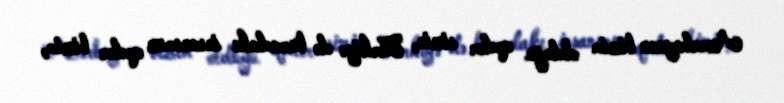
Azərbaycan bizim olduğu qədər sizin, Türkiyə də buradakı insanımız qədər bizim,